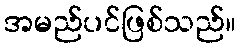
အမည်ပင်ဖြစ်သည်။